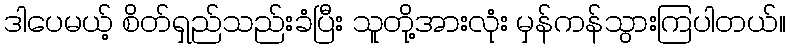
ဒါပေမယ့် စိတ်ရှည်သည်းခံပြီး သူတို့အားလုံး မှန်ကန်သွားကြပါတယ်။